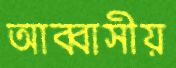
আব্বাসীয়